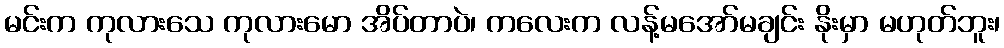
မင်းက ကုလားသေ ကုလားမော အိပ်တာပဲ၊ ကလေးက လန့်မအော်မချင်း နိုးမှာ မဟုတ်ဘူး၊